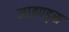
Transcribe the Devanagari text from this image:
माइण्ड्स